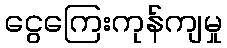
ငွေကြေးကုန်ကျမှု